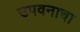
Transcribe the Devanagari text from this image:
उपवनाचा